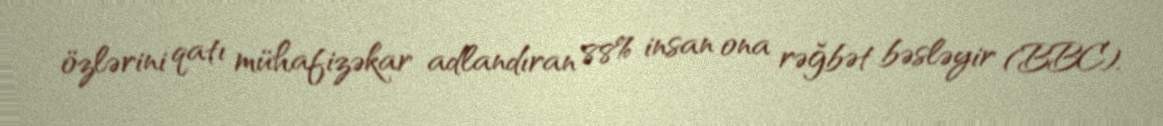
özlərini qatı mühafizəkar adlandıran 88% insan ona rəğbət bəsləyir (BBC).